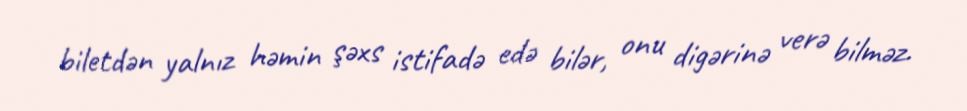
biletdən yalnız həmin şəxs istifadə edə bilər, onu digərinə verə bilməz.